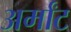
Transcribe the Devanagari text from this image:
अर्मांट